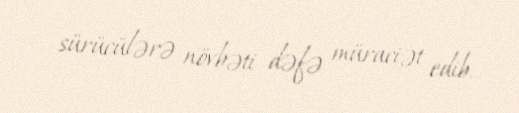
sürücülərə növbəti dəfə müraciət edib.